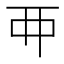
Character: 𬻇